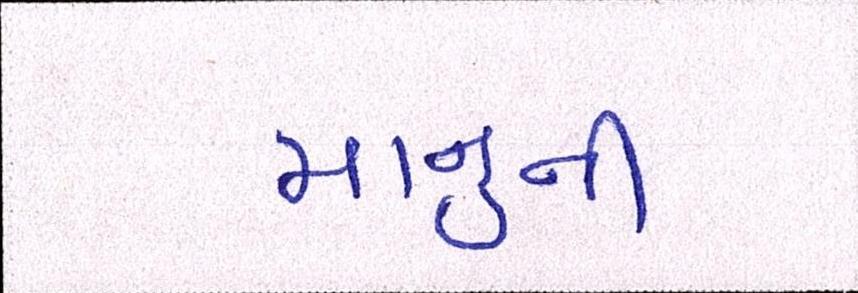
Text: માનુની